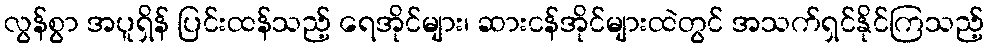
လွန်စွာ အပူရှိန် ပြင်းထန်သည့် ရေအိုင်များ၊ ဆားငန်အိုင်များထဲတွင် အသက်ရှင်နိုင်ကြသည့်